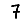
Digit: 7